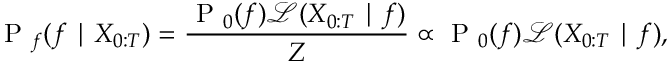
\mathrm { ~ P ~ } _ { f } ( f \mid X _ { 0 : T } ) = \frac { \mathrm { ~ P ~ } _ { 0 } ( f ) \mathcal { L } ( X _ { 0 : T } \mid f ) } { Z } \propto \mathrm { ~ P ~ } _ { 0 } ( f ) \mathcal { L } ( X _ { 0 : T } \mid f ) ,